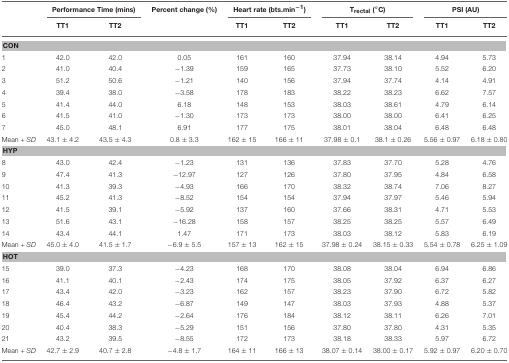
<table><thead><tr><td></td><td colspan="2"><b>Performance Time (mins)</b></td><td><b>Percent change (%)</b></td><td colspan="2"><b>Heart rate (bts.min<sup>−1</sup>)</b></td><td colspan="2"><b>T<sub>rectal</sub>(<sup>°</sup>C)</b></td><td colspan="2"><b>PSI (AU)</b></td></tr><tr><td></td><td><b>TT1</b></td><td><b>TT2</b></td><td></td><td><b>TT1</b></td><td><b>TT2</b></td><td><b>TT1</b></td><td><b>TT2</b></td><td><b>TT1</b></td><td><b>TT2</b></td></tr></thead><tbody><tr><td colspan="10"><b>CON</b></td></tr><tr><td>1</td><td>42.0</td><td>42.0</td><td>0.05</td><td>161</td><td>160</td><td>37.94</td><td>38.14</td><td>4.94</td><td>5.73</td></tr><tr><td>2</td><td>41.0</td><td>40.4</td><td>−1.39</td><td>159</td><td>165</td><td>37.73</td><td>38.10</td><td>5.52</td><td>6.20</td></tr><tr><td>3</td><td>51.2</td><td>50.6</td><td>−1.21</td><td>140</td><td>156</td><td>37.94</td><td>37.74</td><td>4.14</td><td>4.91</td></tr><tr><td>4</td><td>39.4</td><td>38.0</td><td>−3.58</td><td>178</td><td>183</td><td>38.22</td><td>38.23</td><td>6.62</td><td>7.57</td></tr><tr><td>5</td><td>41.4</td><td>44.0</td><td>6.18</td><td>148</td><td>153</td><td>38.03</td><td>38.61</td><td>4.79</td><td>6.14</td></tr><tr><td>6</td><td>41.5</td><td>41.0</td><td>−1.30</td><td>173</td><td>173</td><td>38.00</td><td>38.00</td><td>6.41</td><td>6.25</td></tr><tr><td>7</td><td>45.0</td><td>48.1</td><td>6.91</td><td>177</td><td>175</td><td>38.01</td><td>38.04</td><td>6.48</td><td>6.48</td></tr><tr><td>Mean + <i>SD</i></td><td>43.1 ± 4.2</td><td>43.5 ± 4.3</td><td>0.8 ± 3.3</td><td>162 ± 15</td><td>166 ± 11</td><td>37.98 ± 0.1</td><td>38.1 ± 0.26</td><td>5.56 ± 0.97</td><td>6.18 ± 0.80</td></tr><tr><td colspan="10"><b>HYP</b></td></tr><tr><td>8</td><td>43.0</td><td>42.4</td><td>−1.23</td><td>131</td><td>136</td><td>37.83</td><td>37.70</td><td>5.28</td><td>4.76</td></tr><tr><td>9</td><td>47.4</td><td>41.3</td><td>−12.97</td><td>127</td><td>126</td><td>37.80</td><td>37.95</td><td>4.84</td><td>6.58</td></tr><tr><td>10</td><td>41.3</td><td>39.3</td><td>−4.93</td><td>166</td><td>170</td><td>38.32</td><td>38.74</td><td>7.06</td><td>8.27</td></tr><tr><td>11</td><td>45.2</td><td>41.3</td><td>−8.52</td><td>154</td><td>154</td><td>37.94</td><td>37.97</td><td>5.46</td><td>5.94</td></tr><tr><td>12</td><td>41.5</td><td>39.1</td><td>−5.92</td><td>137</td><td>160</td><td>37.66</td><td>38.31</td><td>4.71</td><td>5.53</td></tr><tr><td>13</td><td>51.6</td><td>43.1</td><td>−16.28</td><td>158</td><td>157</td><td>38.25</td><td>38.25</td><td>5.57</td><td>6.49</td></tr><tr><td>14</td><td>43.4</td><td>44.1</td><td>1.47</td><td>171</td><td>173</td><td>38.03</td><td>38.12</td><td>5.83</td><td>6.19</td></tr><tr><td>Mean + <i>SD</i></td><td>45.0 ± 4.0</td><td>41.5 ± 1.7</td><td>−6.9 ± 5.5</td><td>157 ± 13</td><td>162 ± 15</td><td>37.98 ± 0.24</td><td>38.15 ± 0.33</td><td>5.54 ± 0.78</td><td>6.25 ± 1.09</td></tr><tr><td colspan="10"><b>HOT</b></td></tr><tr><td>15</td><td>39.0</td><td>37.3</td><td>−4.23</td><td>168</td><td>170</td><td>38.08</td><td>38.04</td><td>6.94</td><td>6.86</td></tr><tr><td>16</td><td>41.1</td><td>40.1</td><td>−2.43</td><td>174</td><td>175</td><td>38.05</td><td>37.92</td><td>6.37</td><td>6.27</td></tr><tr><td>17</td><td>43.4</td><td>42.0</td><td>−3.23</td><td>162</td><td>157</td><td>38.23</td><td>37.90</td><td>6.72</td><td>5.82</td></tr><tr><td>18</td><td>46.4</td><td>43.2</td><td>−6.87</td><td>149</td><td>147</td><td>38.03</td><td>37.93</td><td>4.88</td><td>5.37</td></tr><tr><td>19</td><td>45.4</td><td>44.2</td><td>−2.64</td><td>176</td><td>184</td><td>38.12</td><td>38.11</td><td>6.26</td><td>7.01</td></tr><tr><td>20</td><td>40.4</td><td>38.3</td><td>−5.29</td><td>151</td><td>156</td><td>37.80</td><td>37.80</td><td>4.31</td><td>5.35</td></tr><tr><td>21</td><td>43.2</td><td>39.5</td><td>−8.55</td><td>172</td><td>173</td><td>38.18</td><td>38.33</td><td>5.97</td><td>6.72</td></tr><tr><td>Mean + <i>SD</i></td><td>42.7 ± 2.9</td><td>40.7 ± 2.8</td><td>−4.8 ± 1.7</td><td>164 ± 11</td><td>166 ± 13</td><td>38.07 ± 0.14</td><td>38.00 ± 0.17</td><td>5.92 ± 0.97</td><td>6.20 ± 0.70</td></tr></tbody></table>